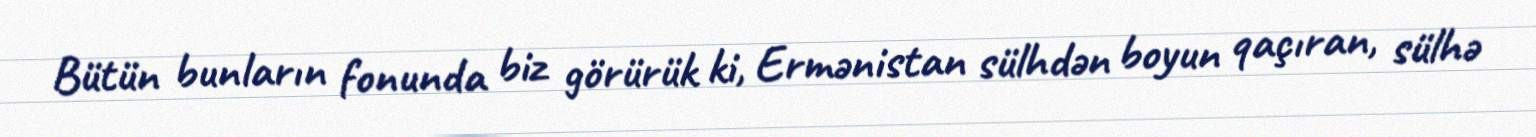
Bütün bunların fonunda biz görürük ki, Ermənistan sülhdən boyun qaçıran, sülhə